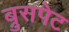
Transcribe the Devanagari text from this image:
ब्रुसपेट